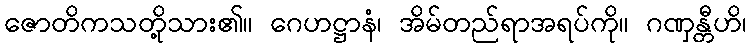
ဇောတိကသတို့သား၏။ ဂေဟဋ္ဌာနံ၊ အိမ်တည်ရာအရပ်ကို။ ဂဏှန္တီဟိ၊